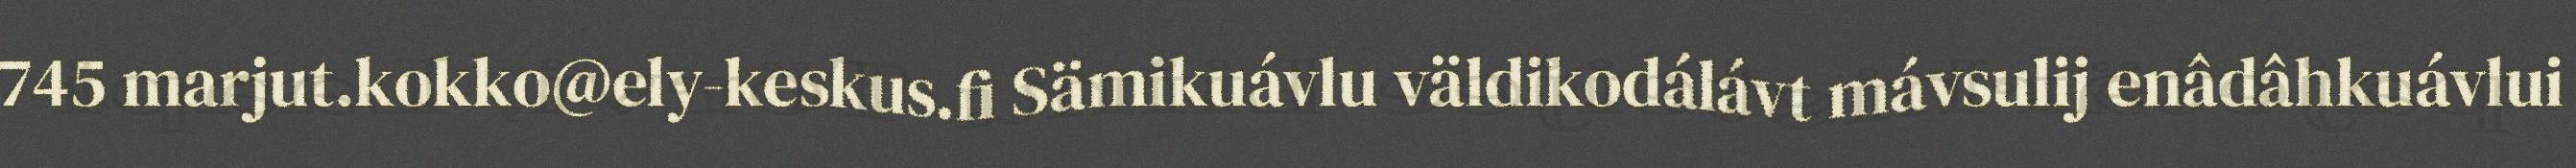
745 marjut.kokko@ely-keskus.fi Sämikuávlu väldikodálávt mávsulij enâdâhkuávlui